画像に写った文字を読んでください
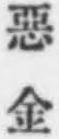
「惡金」と書いてあります